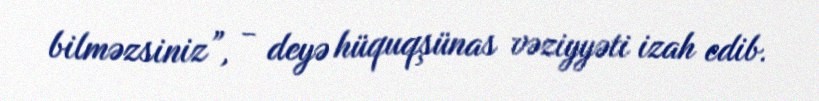
bilməzsiniz”, - deyə hüquqşünas vəziyyəti izah edib.